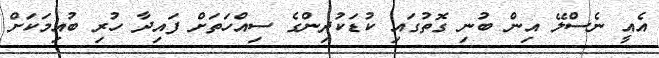
އެއީ ނެސްލޭ އިން ބުނި ގޮތުގައި ކުޑަކުދިންގެ ސިއްހަތަށް ފައިދާ ހުރި ބުއިމަކަށް